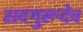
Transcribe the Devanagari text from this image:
सदगुरूदेव